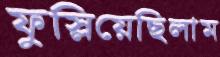
ফুস্‌লিয়েছিলাম